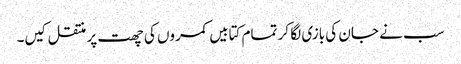
سب نے جان کی بازی لگا کر تمام کتابیں کمروں کی چھت پر منتقل کیں۔